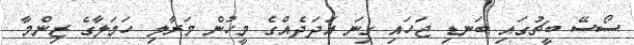
ސޯސޭ ބީޗުގައި ބަނޑި ޖަހައި ގިނަ އަދަދެެއްގެ މީހުން މަރާލި ހަމަލާގެ ޒިންމާ